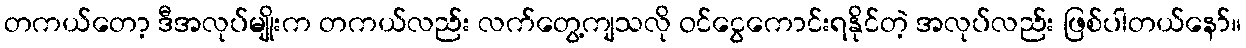
တကယ်တော့ ဒီအလုပ်မျိုးက တကယ်လည်း လက်တွေ့ကျသလို ဝင်ငွေကောင်းရနိုင်တဲ့ အလုပ်လည်း ဖြစ်ပါတယ်နော်။